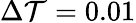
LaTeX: \Delta\mathcal{T}=0.01